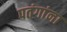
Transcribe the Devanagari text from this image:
पतंगांना